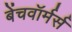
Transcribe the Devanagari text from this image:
बेंचवॉर्मर्स